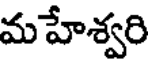
మహేశ్వరి